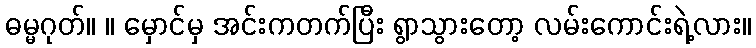
ဓမ္မဂုတ်။ ။ မှောင်မှ အင်းကတက်ပြီး ရွာသွားတော့ လမ်းကောင်းရဲ့လား။